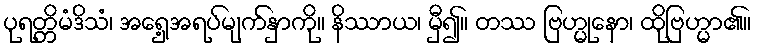
ပုရတ္တိမံဒိသံ၊ အရှေ့အရပ်မျက်နှာကို။ နိဿာယ၊ မှီ၍။ တဿ ဗြဟ္မုနော၊ ထိုဗြဟ္မာ၏။